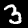
Digit: 3